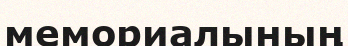
мемориалының